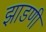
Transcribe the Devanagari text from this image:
झाडणी